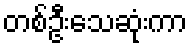
တစ်ဦးသေဆုံးကာ